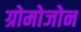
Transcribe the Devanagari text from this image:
ग्रोमोजोन